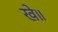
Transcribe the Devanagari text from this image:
खे॥